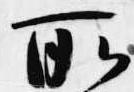
所